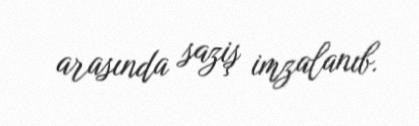
arasında saziş imzalanıb.